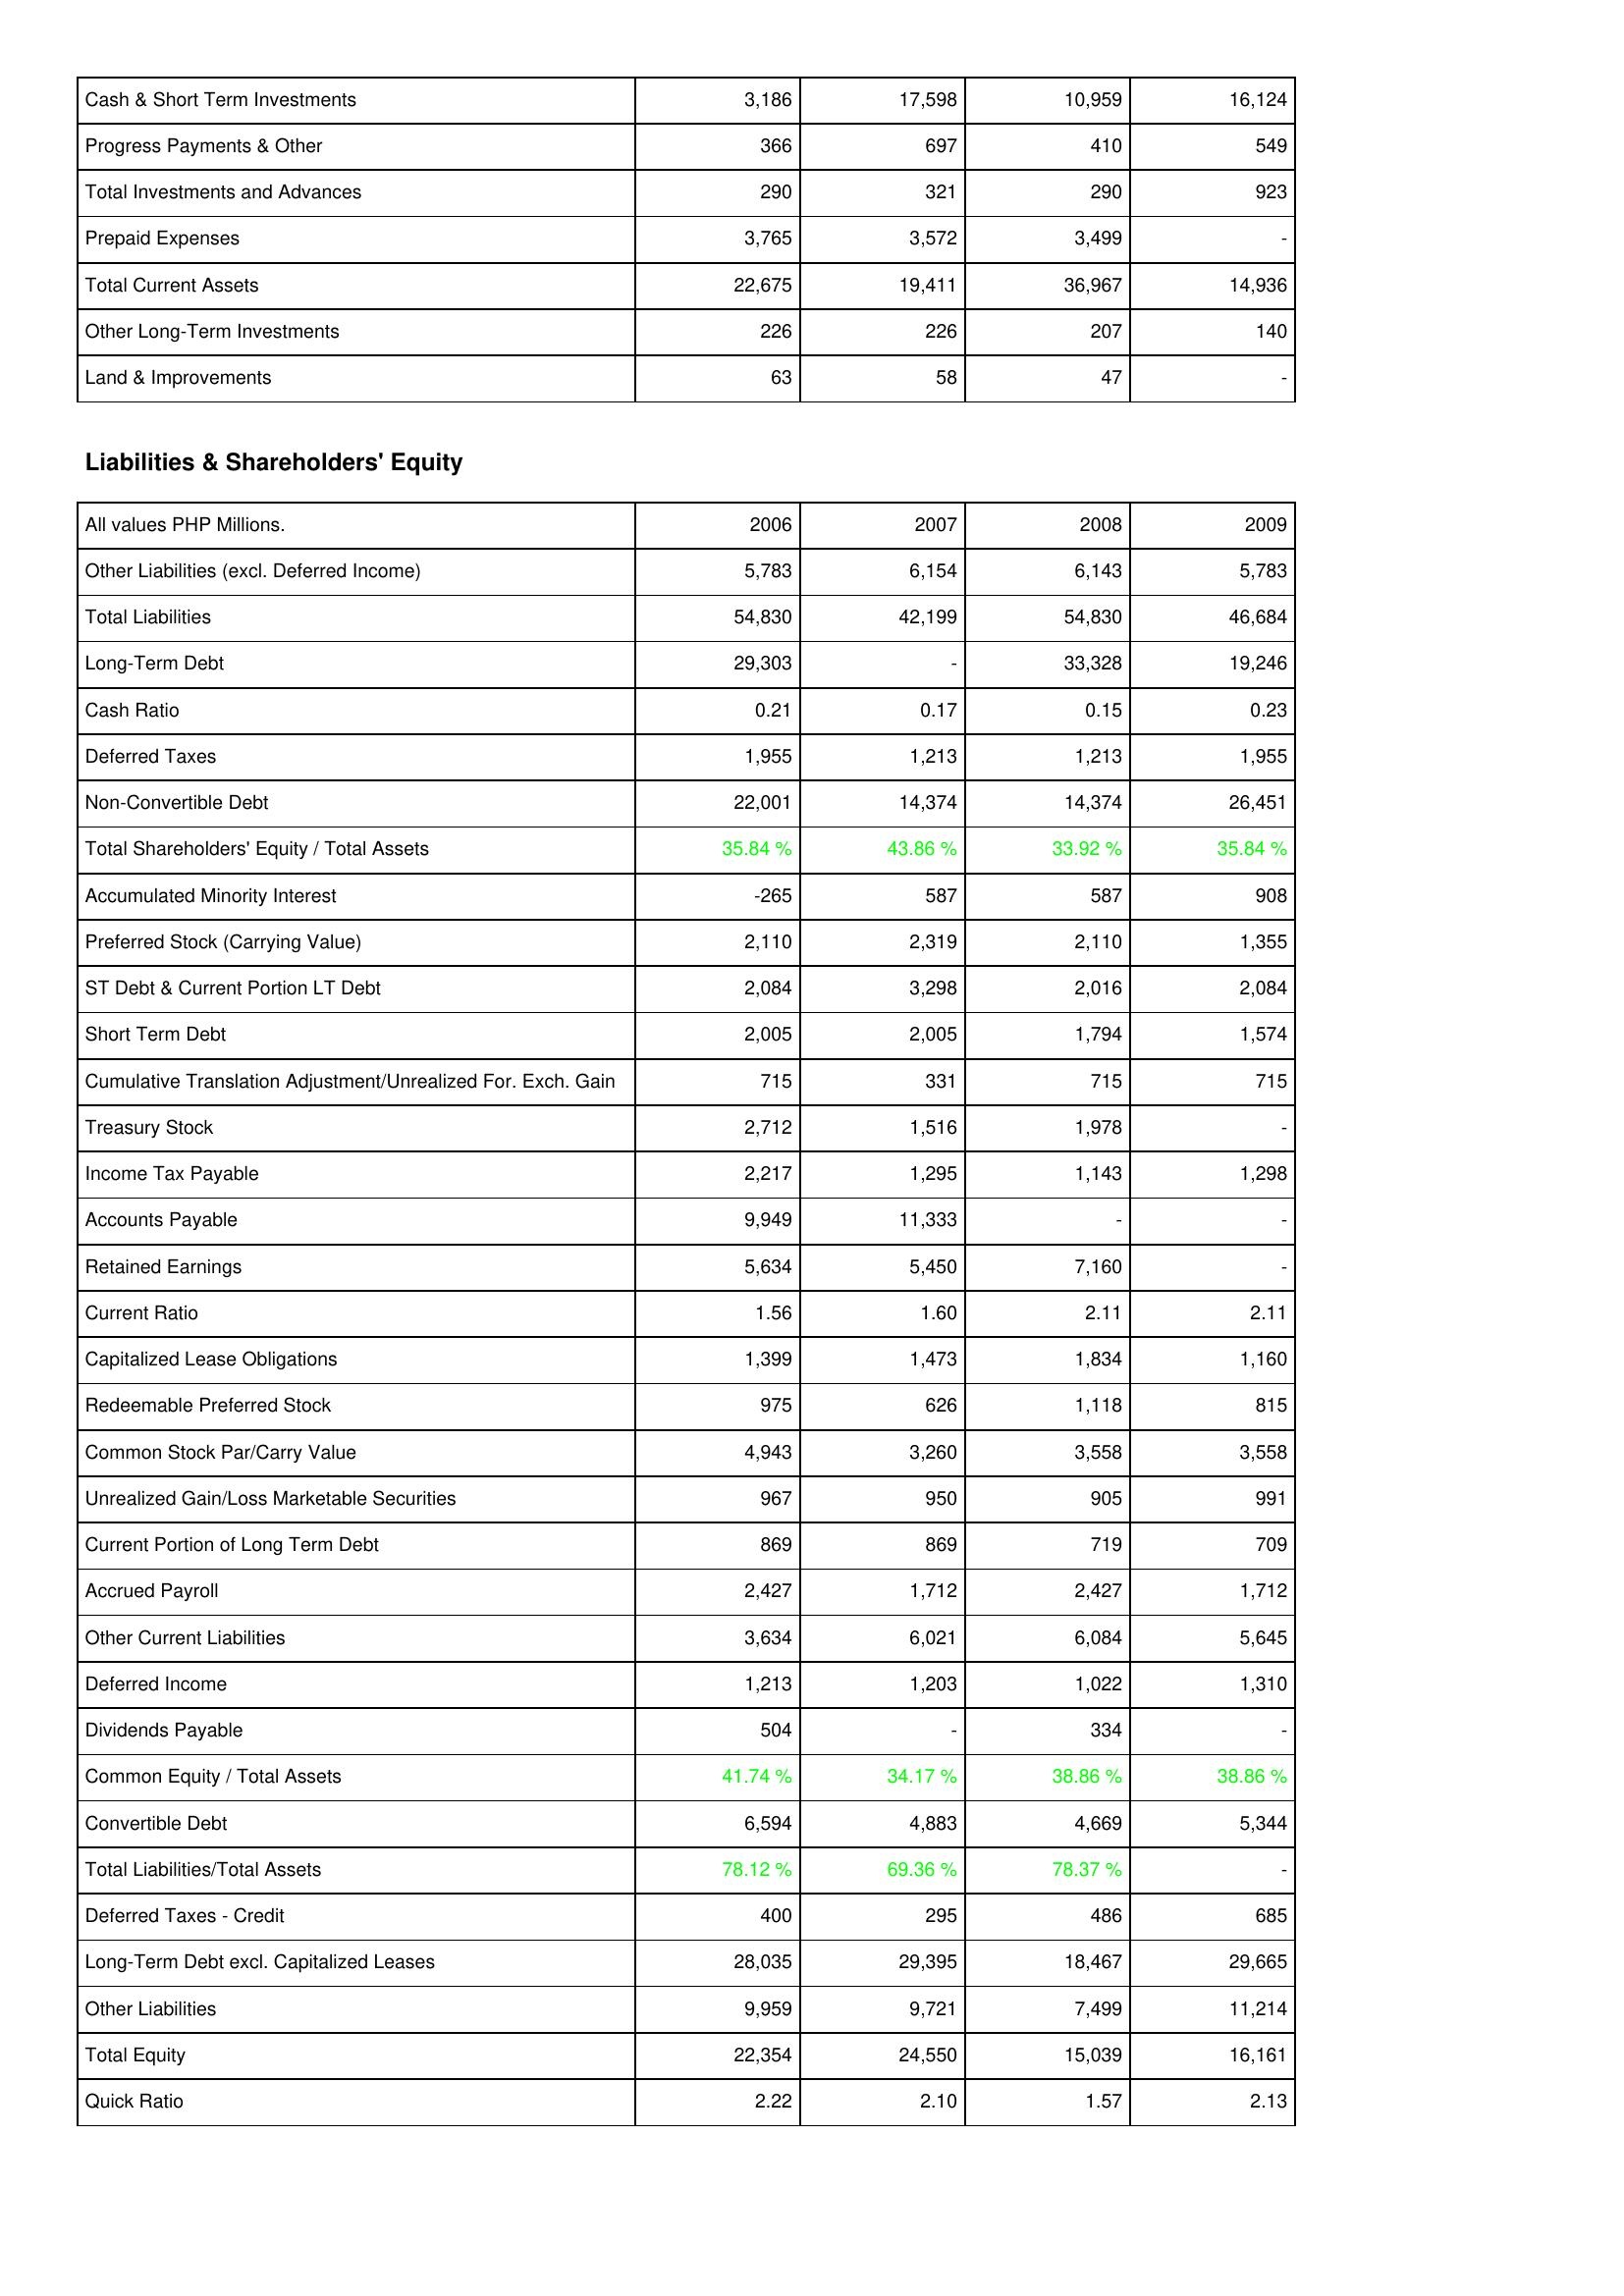
2006: Assets: Cash & Short Term Investments: 3,186
Progress Payments & Other: 366
Total Investments and Advances: 290
Prepaid Expenses: 3,765
Total Current Assets: 22,675
Other Long-Term Investments: 226
Land & Improvements: 63
Liabilities & Shareholders' Equity: Other Liabilities (excl. Deferred Income): 5,783
Total Liabilities: 54,830
Long-Term Debt: 29,303
Cash Ratio: 0.21
Deferred Taxes: 1,955
Non-Convertible Debt: 22,001
Total Shareholders' Equity / Total Assets: 35.84 %
Accumulated Minority Interest: -265
Preferred Stock (Carrying Value): 2,110
ST Debt & Current Portion LT Debt: 2,084
Short Term Debt: 2,005
Cumulative Translation Adjustment/Unrealized For. Exch. Gain: 715
Treasury Stock: 2,712
Income Tax Payable: 2,217
Accounts Payable: 9,949
Retained Earnings: 5,634
Current Ratio: 1.56
Capitalized Lease Obligations: 1,399
Redeemable Preferred Stock: 975
Common Stock Par/Carry Value: 4,943
Unrealized Gain/Loss Marketable Securities: 967
Current Portion of Long Term Debt: 869
Accrued Payroll: 2,427
Other Current Liabilities: 3,634
Deferred Income: 1,213
Dividends Payable: 504
Common Equity / Total Assets: 41.74 %
Convertible Debt: 6,594
Total Liabilities/Total Assets: 78.12 %
Deferred Taxes - Credit: 400
Long-Term Debt excl. Capitalized Leases: 28,035
Other Liabilities: 9,959
Total Equity: 22,354
Quick Ratio: 2.22
2007: Assets: Cash & Short Term Investments: 17,598
Progress Payments & Other: 697
Total Investments and Advances: 321
Prepaid Expenses: 3,572
Total Current Assets: 19,411
Other Long-Term Investments: 226
Land & Improvements: 58
Liabilities & Shareholders' Equity: Other Liabilities (excl. Deferred Income): 6,154
Total Liabilities: 42,199
Long-Term Debt: -
Cash Ratio: 0.17
Deferred Taxes: 1,213
Non-Convertible Debt: 14,374
Total Shareholders' Equity / Total Assets: 43.86 %
Accumulated Minority Interest: 587
Preferred Stock (Carrying Value): 2,319
ST Debt & Current Portion LT Debt: 3,298
Short Term Debt: 2,005
Cumulative Translation Adjustment/Unrealized For. Exch. Gain: 331
Treasury Stock: 1,516
Income Tax Payable: 1,295
Accounts Payable: 11,333
Retained Earnings: 5,450
Current Ratio: 1.60
Capitalized Lease Obligations: 1,473
Redeemable Preferred Stock: 626
Common Stock Par/Carry Value: 3,260
Unrealized Gain/Loss Marketable Securities: 950
Current Portion of Long Term Debt: 869
Accrued Payroll: 1,712
Other Current Liabilities: 6,021
Deferred Income: 1,203
Dividends Payable: -
Common Equity / Total Assets: 34.17 %
Convertible Debt: 4,883
Total Liabilities/Total Assets: 69.36 %
Deferred Taxes - Credit: 295
Long-Term Debt excl. Capitalized Leases: 29,395
Other Liabilities: 9,721
Total Equity: 24,550
Quick Ratio: 2.10
2008: Assets: Cash & Short Term Investments: 10,959
Progress Payments & Other: 410
Total Investments and Advances: 290
Prepaid Expenses: 3,499
Total Current Assets: 36,967
Other Long-Term Investments: 207
Land & Improvements: 47
Liabilities & Shareholders' Equity: Other Liabilities (excl. Deferred Income): 6,143
Total Liabilities: 54,830
Long-Term Debt: 33,328
Cash Ratio: 0.15
Deferred Taxes: 1,213
Non-Convertible Debt: 14,374
Total Shareholders' Equity / Total Assets: 33.92 %
Accumulated Minority Interest: 587
Preferred Stock (Carrying Value): 2,110
ST Debt & Current Portion LT Debt: 2,016
Short Term Debt: 1,794
Cumulative Translation Adjustment/Unrealized For. Exch. Gain: 715
Treasury Stock: 1,978
Income Tax Payable: 1,143
Accounts Payable: -
Retained Earnings: 7,160
Current Ratio: 2.11
Capitalized Lease Obligations: 1,834
Redeemable Preferred Stock: 1,118
Common Stock Par/Carry Value: 3,558
Unrealized Gain/Loss Marketable Securities: 905
Current Portion of Long Term Debt: 719
Accrued Payroll: 2,427
Other Current Liabilities: 6,084
Deferred Income: 1,022
Dividends Payable: 334
Common Equity / Total Assets: 38.86 %
Convertible Debt: 4,669
Total Liabilities/Total Assets: 78.37 %
Deferred Taxes - Credit: 486
Long-Term Debt excl. Capitalized Leases: 18,467
Other Liabilities: 7,499
Total Equity: 15,039
Quick Ratio: 1.57
2009: Assets: Cash & Short Term Investments: 16,124
Progress Payments & Other: 549
Total Investments and Advances: 923
Prepaid Expenses: -
Total Current Assets: 14,936
Other Long-Term Investments: 140
Land & Improvements: -
Liabilities & Shareholders' Equity: Other Liabilities (excl. Deferred Income): 5,783
Total Liabilities: 46,684
Long-Term Debt: 19,246
Cash Ratio: 0.23
Deferred Taxes: 1,955
Non-Convertible Debt: 26,451
Total Shareholders' Equity / Total Assets: 35.84 %
Accumulated Minority Interest: 908
Preferred Stock (Carrying Value): 1,355
ST Debt & Current Portion LT Debt: 2,084
Short Term Debt: 1,574
Cumulative Translation Adjustment/Unrealized For. Exch. Gain: 715
Treasury Stock: -
Income Tax Payable: 1,298
Accounts Payable: -
Retained Earnings: -
Current Ratio: 2.11
Capitalized Lease Obligations: 1,160
Redeemable Preferred Stock: 815
Common Stock Par/Carry Value: 3,558
Unrealized Gain/Loss Marketable Securities: 991
Current Portion of Long Term Debt: 709
Accrued Payroll: 1,712
Other Current Liabilities: 5,645
Deferred Income: 1,310
Dividends Payable: -
Common Equity / Total Assets: 38.86 %
Convertible Debt: 5,344
Total Liabilities/Total Assets: -
Deferred Taxes - Credit: 685
Long-Term Debt excl. Capitalized Leases: 29,665
Other Liabilities: 11,214
Total Equity: 16,161
Quick Ratio: 2.13